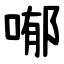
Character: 喐